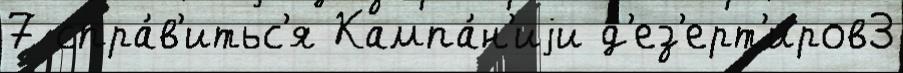
7 спра́в'итьс'я Кампа́н'иjи д'ез'ерт'иров3